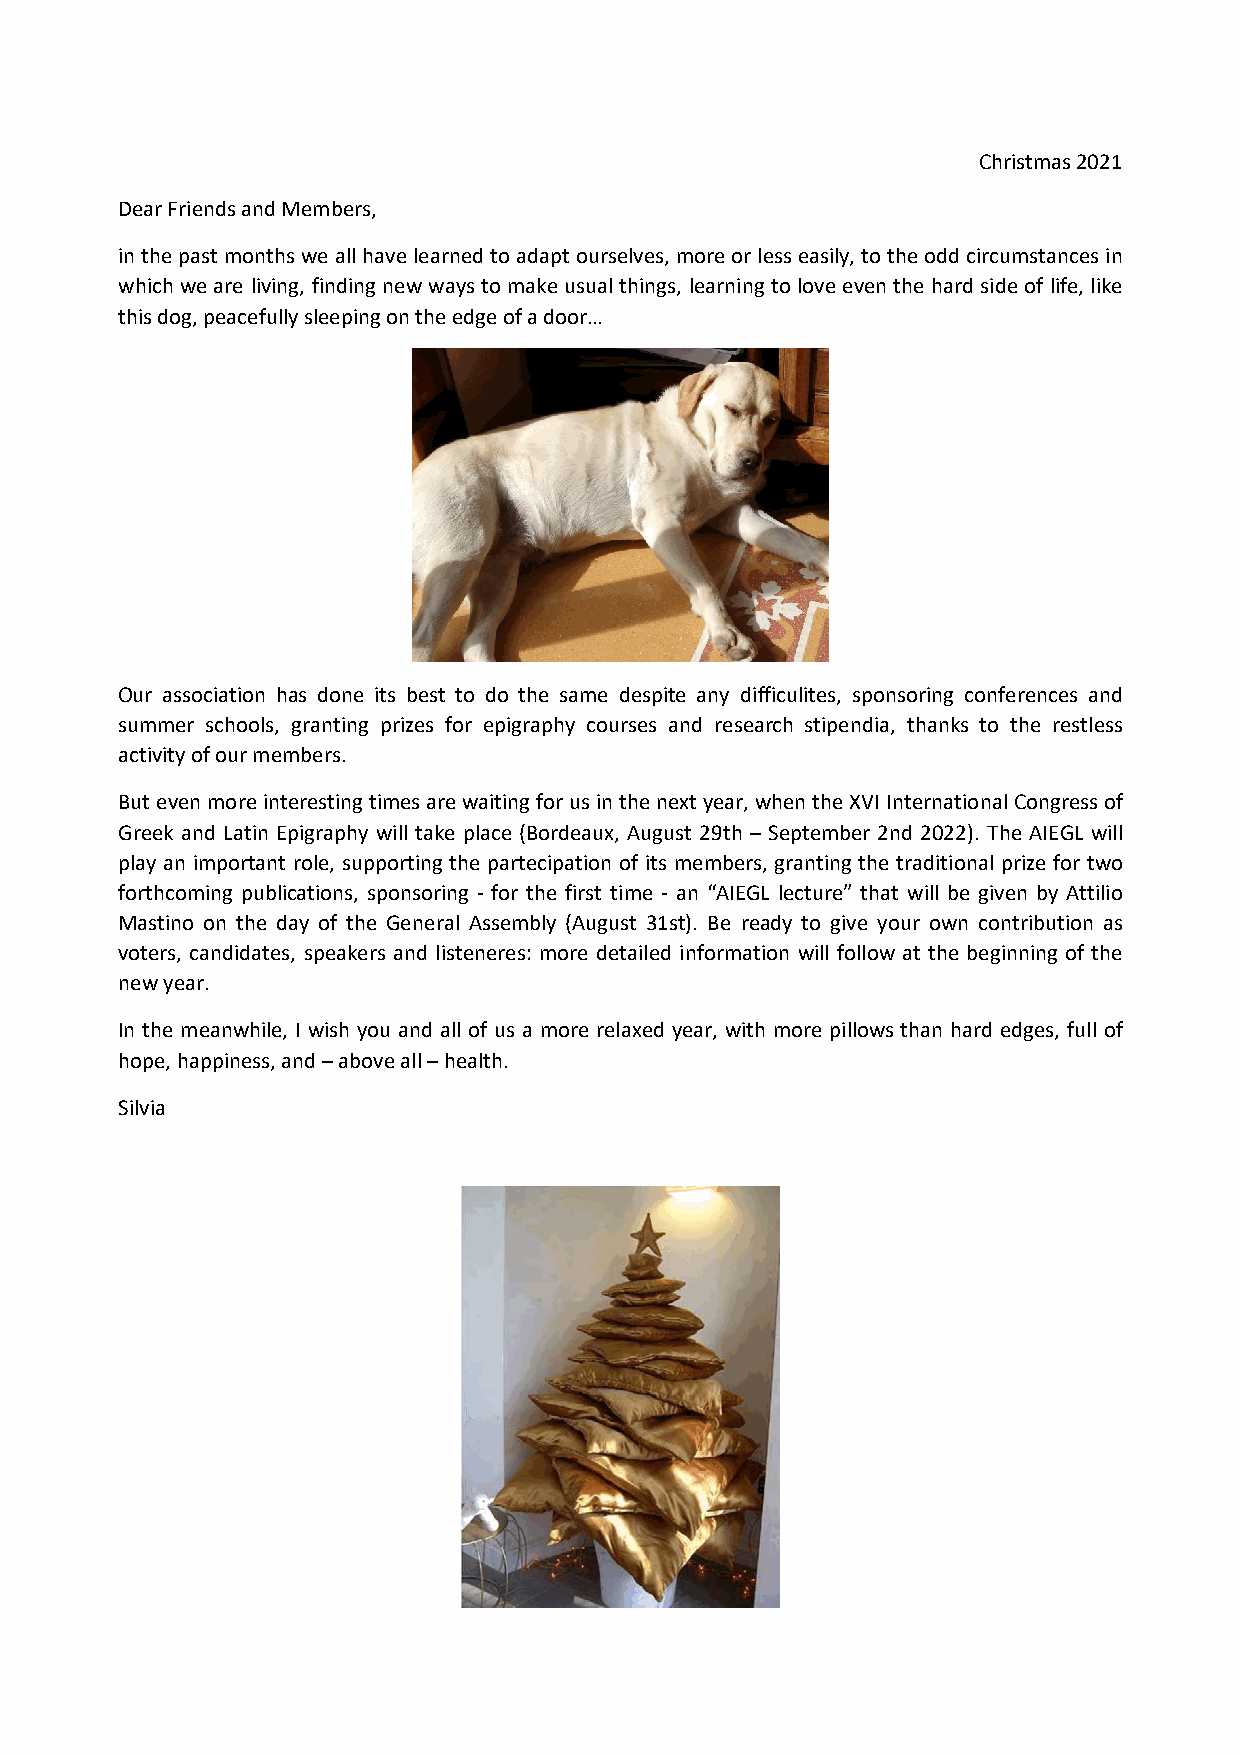
Christmas 2021
 Dear Friends and Members,
 in the past months we all have learned to adapt ourselves, more or less easily, to the odd circumstances in
 which we are living, finding new ways to make usual things, learning to love even the hard side of life, like
 this dog, peacefully sleeping on the edge of a door…
 Our association has done its best to do the same despite any difficulites, sponsoring conferences and
 summer schools, granting prizes for epigraphy courses and research stipendia, thanks to the restless
 activity of our members.
 But even more interesting times are waiting for us in the next year, when the XVI International Congress of
 Greek and Latin Epigraphy will take place (Bordeaux, August 29th – September 2nd 2022). The AIEGL will
 play an important role, supporting the partecipation of its members, granting the traditional prize for two
 forthcoming publications, sponsoring - for the first time - an “AIEGL lecture” that will be given by Attilio
 Mastino on the day of the General Assembly (August 31st). Be ready to give your own contribution as
 voters, candidates, speakers and listeneres: more detailed information will follow at the beginning of the
 new year.
 In the meanwhile, I wish you and all of us a more relaxed year, with more pillows than hard edges, full of
 hope, happiness, and – above all – health.
 Silvia